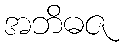
အဘိဓဇ